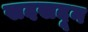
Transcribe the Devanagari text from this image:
खदखदून